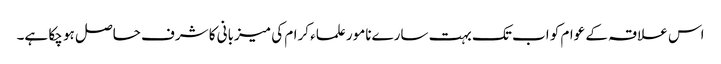
اس علاقہ کے عوام کو اب تک بہت سارےنامور علماء کرام کی میزبانی کا شرف حاصل ہو چکا ہے۔